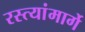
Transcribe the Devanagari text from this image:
रस्त्यांमार्गे